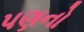
પણનો